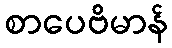
စာပေဗိမာန်